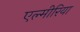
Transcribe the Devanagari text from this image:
एल्मीरिया